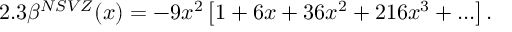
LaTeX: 2 . 3 \beta ^ { N S V Z } ( x ) = - 9 x ^ { 2 } \left[ 1 + 6 x + 3 6 x ^ { 2 } + 2 1 6 x ^ { 3 } + . . . \right] .